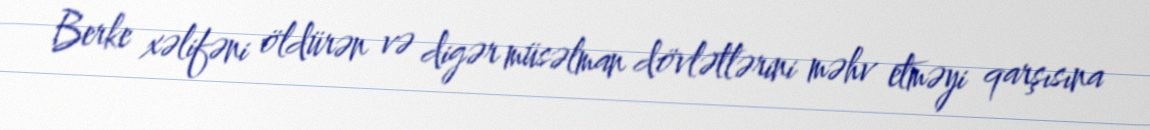
Berke xəlifəni öldürən və digər müsəlman dövlətlərini məhv etməyi qarşısına